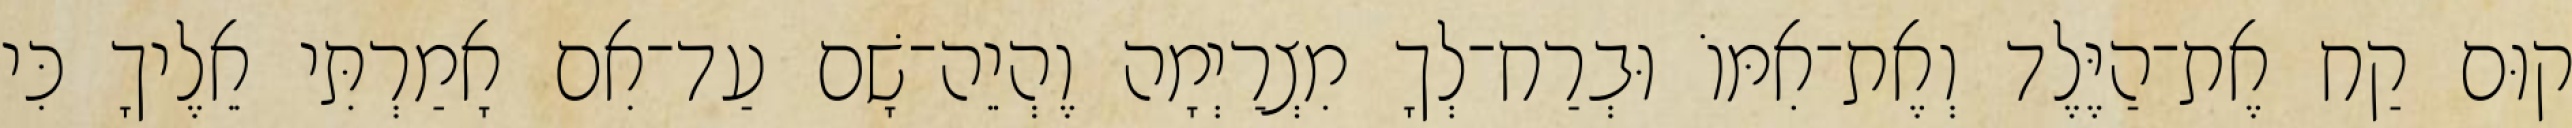
קוּם קַח אֶת־הַיֶּלֶד וְאֶת־אִמּוֹ וּבְרַח־לְךָ מִצְרַיְמָה וֶהְיֵה־שָׁם עַד־אִם אָמַרְתִּי אֵלֶיךָ כִּי